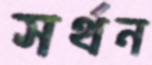
সর্থন